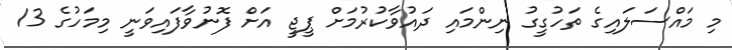
މި މައްސަލައިގެ ތަހުގީގު ނިންމައި ދައުވާކުރުމަށް ޕީޖީ އަށް ފޮނުވާފައިވަނީ މިމަހުގެ 13